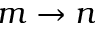
m \rightarrow n